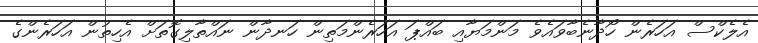
އެލެކްސް އަހަރެން ހޯދާނެބާވައެވެ މަންމަޔާއި ބައްޕަ އަހަރެންމަތިން ހަނދާން ނައްތާލިގޮތަށް އެހިތުން އަހަރެންގެ